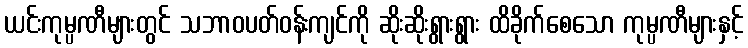
ယင်းကုမ္ပဏီများတွင် သဘာဝပတ်ဝန်းကျင်ကို ဆိုးဆိုးရွားရွား ထိခိုက်စေသော ကုမ္ပဏီများနှင့်